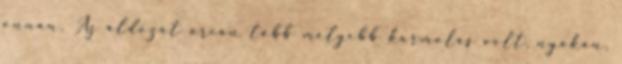
onnan. Az áldozat arcán több mélyebb karmolás volt, nyakán,